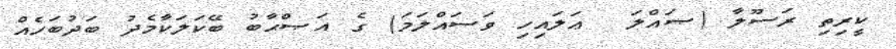
ކީރިތި ރަސޫލާ (ޞައްލަ  ޢަލައިހި ވަސައްލަމަ) ގެ އަޞްޙާބު ބޭކަލަކާމެދު ބަދުބަހެއް